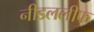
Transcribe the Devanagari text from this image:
नीडललीफ